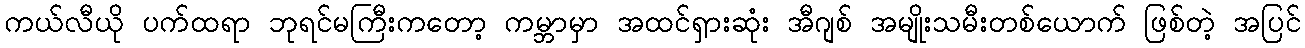
ကယ်လီယို ပက်ထရာ ဘုရင်မကြီးကတော့ ကမ္ဘာမှာ အထင်ရှားဆုံး အီဂျစ် အမျိုးသမီးတစ်ယောက် ဖြစ်တဲ့ အပြင်